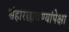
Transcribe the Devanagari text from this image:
संहारछावण्यांपेक्षा